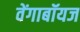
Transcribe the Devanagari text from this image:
वेंगाबॉयज